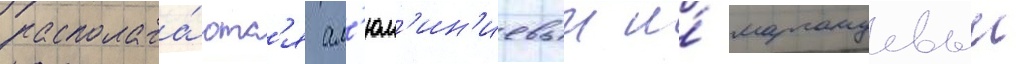
располага́ютс'я ал'юм'ин'иевыи и́ марганцевыи